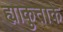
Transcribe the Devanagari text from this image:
ह्याकुताके